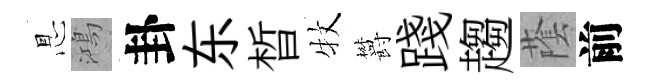
㤙鴻卦东晳牧欝踐趨䕃前